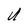
Character: U